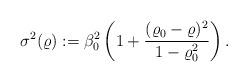
LaTeX: \begin{align*} \sigma^2( \varrho ) := \beta_0^2 \left( 1 + \frac{(\varrho_0-\varrho)^2}{1-\varrho_0^2} \right) . \end{align*}